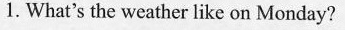
1. What's the weather like on Monday?